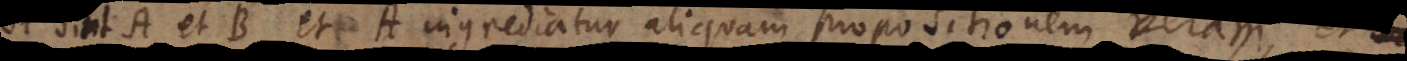
Si sint A et B et A ingrediatur aliquam propositionem veram, et